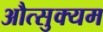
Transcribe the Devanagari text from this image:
औत्सुक्यम